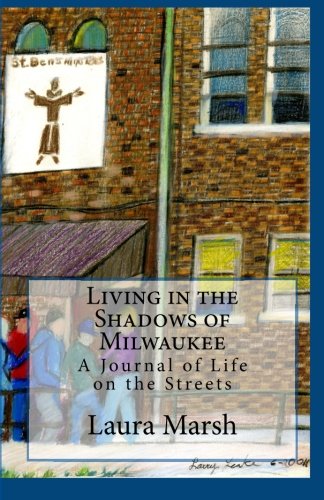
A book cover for Living in the Shadows of Milwaukee; Laura Marsh; Politics & Social Sciences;